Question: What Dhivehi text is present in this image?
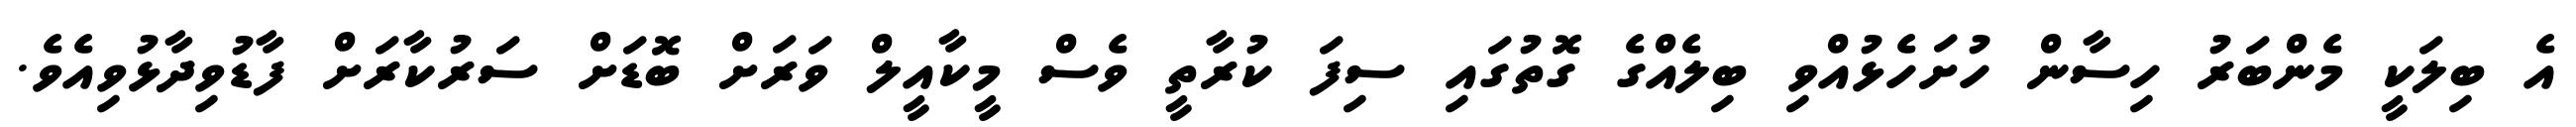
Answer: އެ ބިލަކީ މެންބަރު ހިސާން ހުށަހެޅުއްވި ބިލެއްގެ ގޮތުގައި ސިފަ ކުރާތީ ވެސް މީކާއީލް ވަރަށް ބޮޑަށް ސަރުކާރަށް ފާޑުވިދާޅުވިއެވެ.